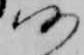
仍